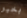
بخير